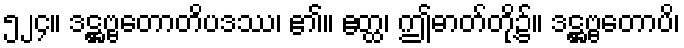
၅၂၄။ ဒဋ္ဌဗ္ဗတောတိပဒဿ၊ ၏။ ဧတ္ထ၊ ဤဓာတ်တို့၌။ ဒဋ္ဌဗ္ဗတောပိ၊